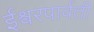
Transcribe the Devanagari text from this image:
ईश्वरपार्वती